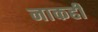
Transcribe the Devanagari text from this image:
नाकही